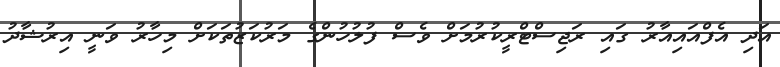
އަދި އެފްއައިއާރު ގައި ރަޖިސްޓްރީކުރުމަށް ވެސް ފުލުހުންގެ މަރުކަޒުތަކަށް މިހާރު ވަނީ އިރުޝާދު